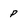
Character: p